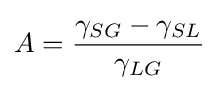
A={\frac {\gamma _{SG}-\gamma _{SL}}{\gamma _{LG}}}